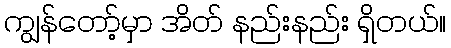
ကျွန်တော့်မှာ အိတ် နည်းနည်း ရှိတယ်။